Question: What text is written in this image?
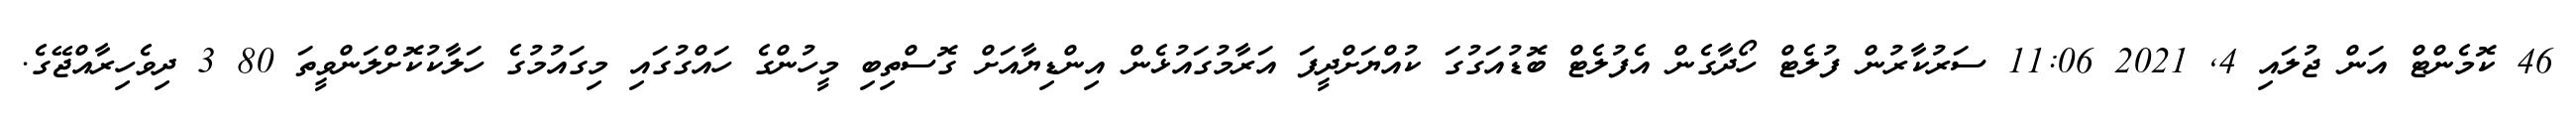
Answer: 46 ކޮމެންޓް އަން ޖުލައި 4, 2021 11:06 ސަރުކާރުން ފުލެޓް ހޯދާގެން އެފުލެޓް ބޮޑުއަގުގަ ކުއްޔަށްދީފަ އަރާމުގައުޅެން އިންޑިޔާއަށް ގޮސްތިބި މީހުންގެ ހައްގުގައި މިގައުމުގެ ހަލާކުކޮށްލަންވީތަ 80 3 ދިވެހިރާއްޖޭގެ.